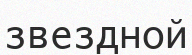
звездной